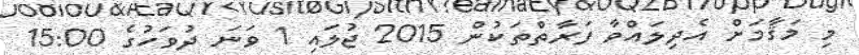
މި މަޤާމަށް އެދިލައްވާ ފަރާތްތަކުން 2015 ޖުލައި 1 ވަނަ ދުވަހުގެ 15:00